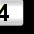
Digit: 4